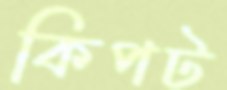
কিপট